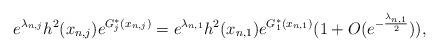
LaTeX: \begin{align*}e^{\lambda_{n,j}}h^2(x_{n,j})e^{G_j^*(x_{n,j})}=e^{\lambda_{n,1}}h^2(x_{n,1})e^{G_1^*(x_{n,1})}(1+O(e^{-\frac{\lambda_{n,1}}{2}})),\end{align*}